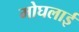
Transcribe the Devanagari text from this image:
मोघलाई